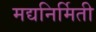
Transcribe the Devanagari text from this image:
मद्यनिर्मिती